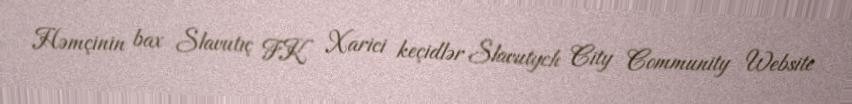
Həmçinin bax Slavutıç FK Xarici keçidlər Slavutych City Community Website